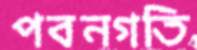
পবনগতি